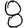
Digit: 8